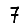
Digit: 7